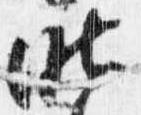
昨